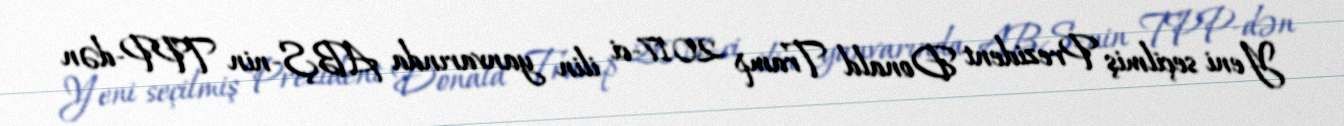
Yeni seçilmiş Prezident Donald Tramp 2017-ci ilin yanvarında ABŞ-nin TPP-dən